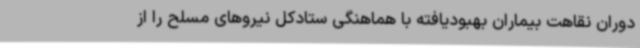
دوران نقاهت بیماران بهبودیافته با هماهنگی ستادکل نیروهای مسلح را از